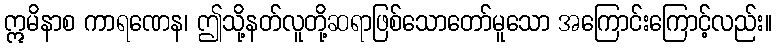
ဣမိနာစ ကာရဏေန၊ ဤသို့နတ်လူတို့ဆရာဖြစ်သောတော်မူသော အကြောင်းကြောင့်လည်း။